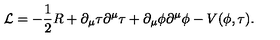
{ \mathcal { L } } = - \frac { 1 } { 2 } R + \partial _ { \mu } \tau \partial ^ { \mu } \tau + \partial _ { \mu } \phi \partial ^ { \mu } \phi - V ( \phi , \tau ) .